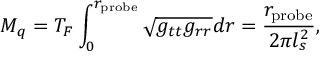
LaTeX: M _ { q } = T _ { F } \int _ { 0 } ^ { r _ { \mathrm { p r o b e } } } \sqrt { g _ { t t } g _ { r r } } d r = \frac { r _ { \mathrm { p r o b e } } } { 2 \pi l _ { s } ^ { 2 } } ,